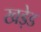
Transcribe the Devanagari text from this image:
खड़ेड